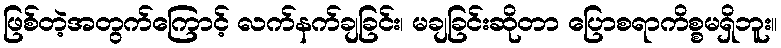
ဖြစ်တဲ့အတွက်ကြောင့် လက်နက်ချခြင်း၊ မချခြင်းဆိုတာ ပြောစရာကိစ္စမရှိဘူး။